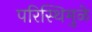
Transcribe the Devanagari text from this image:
परिस्थिमुळे